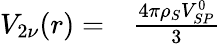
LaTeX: \begin{array}{rl}{V_{2\nu}(r)=}&{{}\frac{4\pi\rho_{S}V_{SP}^{0}}{3}}\end{array}